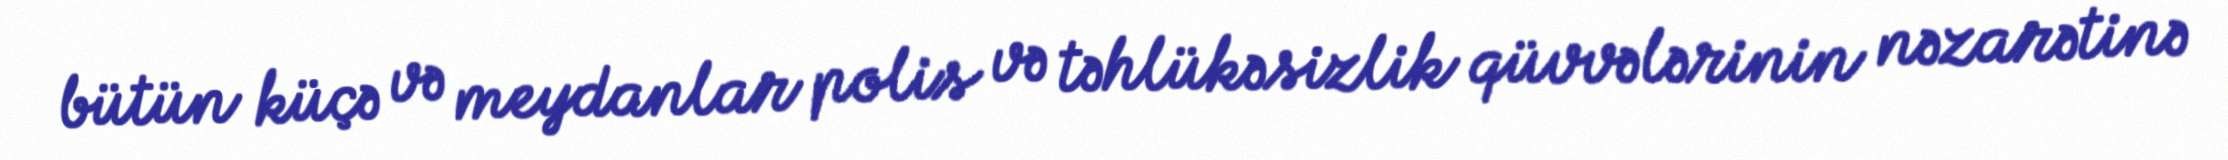
bütün küçə və meydanlar polis və təhlükəsizlik qüvvələrinin nəzarətinə